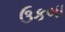
ઉકબા